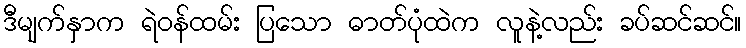
ဒီမျက်နှာက ရဲဝန်ထမ်း ပြသော ဓာတ်ပုံထဲက လူနဲ့လည်း ခပ်ဆင်ဆင်။